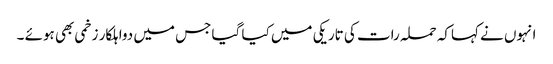
انہوں نے کہاکہ حملہ رات کی تاریکی میں کیا گیا جس میں دواہلکار زخمی بھی ہوئے ۔